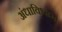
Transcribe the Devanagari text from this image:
अंधाविश्वास